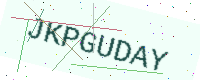
Text: JKPGUDAY